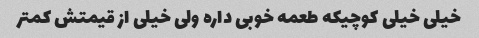
خیلی خیلی کوچیکه طعمه خوبی داره ولی خیلی از قیمتش کمتر